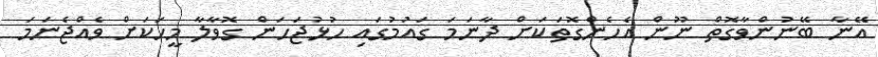
އޭނާ ބޭނުންވާގޮތް ނޫން އެހެންގޮތަކަށް ދާނަމަ ގައުމުގައި ހުޅުޖަހަން ގޮވާލާ މީހަކަށް ވެއްޖެނަމަ